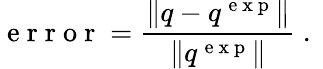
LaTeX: \mathrm{~e~r~r~o~r~}=\frac{\| q-q^{\mathrm{~e~x~p~}}\| }{\| q^{\mathrm{~e~x~p~}}\| }\mathrm{~.~}